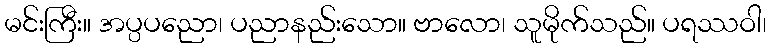
မင်းကြီး။ အပ္ပပညော၊ ပညာနည်းသော။ ဗာလော၊ သူမိုက်သည်။ ပရဿဝါ၊